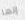
إنها